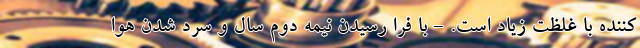
کننده با غلظت زیاد است. - با فرا رسیدن نیمه دوم سال و سرد شدن هوا